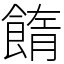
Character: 䭉